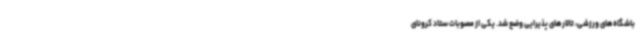
باشگاه‌های ورزشی، تالارهای پذیرایی وضع شد. یکی از مصوبات ستاد کرونای